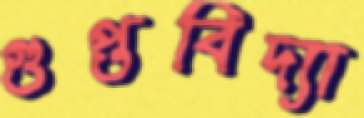
গুপ্তবিদ্যা